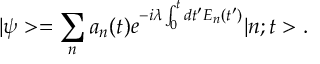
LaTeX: | \psi > = \sum _ { n } a _ { n } ( t ) e ^ { - i \lambda \int _ { 0 } ^ { t } d t ^ { \prime } E _ { n } ( t ^ { \prime } ) } | n ; t > .